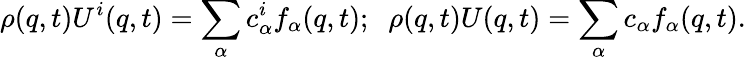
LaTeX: \rho({q},t){U}^{i}({q},t)=\sum_{\alpha}{c}_{\alpha}^{i}f_{\alpha}({q},t);\; \; \rho({q},t){U}({q},t)=\sum_{\alpha}{c}_{\alpha}f_{\alpha}({q},t).